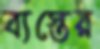
ব্যস্তের